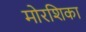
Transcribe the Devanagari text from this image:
मोरशिका